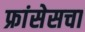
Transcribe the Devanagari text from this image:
फ्रांसेसचा